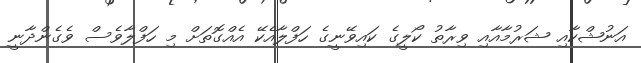
އަނުޝްކާއި ޝަރުމާއާއި ވިރާތު ކޯލީގެ ކައިވޭނީގެ ހަފްލާއެކޭ އެއްގޮތަށް މި ހަފްލާވެސް ވެގެންދާނީ